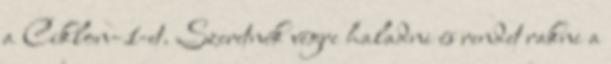
a Ciklon–1-et. Szeretnék végre haladni és rendet rakni a